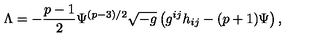
{ \Lambda } = - \frac { p - 1 } { 2 } { \Psi } ^ { ( p - 3 ) / 2 } \sqrt { - g } \left( g ^ { i j } h _ { i j } - ( p + 1 ) { \Psi } \right) ,